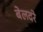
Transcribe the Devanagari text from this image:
बेलदरे